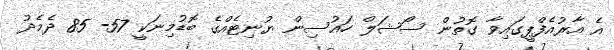
އެ އާރުއެފްޕީގައިވާ ގޮތުން ސޯޝަލް ހައުސިން ޔުނިޓެއްގެ ބޮޑުމިނަކީ 57- 85 ދެމެދު